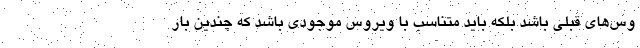
وس‌های قبلی باشد بلکه باید متناسب با ویروس موجودی باشد که چندین بار